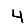
Digit: 4